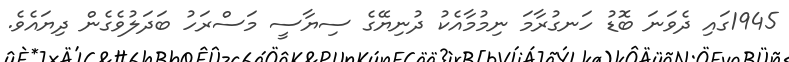
1945ގައި ދެވަނަ ބޮޑު ހަނގުރާމަ ނިމުމާއެކު ދުނިޔޭގެ ސިޔާސީ މަސްރަހު ބަދަލުވެގެން ދިޔައެވެ.